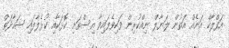
އަފްލާކް އަނެއް އަތުން ލަޔާލް ނިއްކުރިން ވަކިވެފައިވާ އިސްތަށި ކޮޅަކާއި ކުޅެލާފައި ޝަހާދަތް